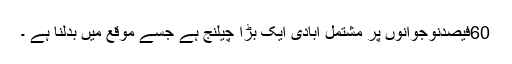
60فیصدنوجوانوں پر مشتمل آبادی ایک بڑا چیلنج ہے جسے موقع میں بدلنا ہے ۔